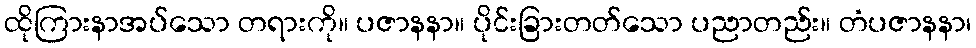
ထိုကြားနာအပ်သော တရားကို။ ပဇာနနာ။ ပိုင်းခြားတတ်သော ပညာတည်း။ တံပဇာနနာ၊